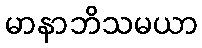
မာနာဘိသမယာ